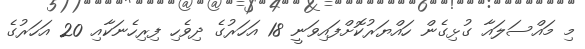
މި މައްސަލައާ ގުޅިގެން ހައްޔަރުކޮށްފައިވަނީ 18 އަހަރުގެ ދިވެހި ފިރިހެނަކާއި 20 އަހަރުގެ